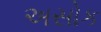
અસોક